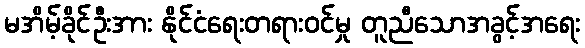
မအိမ့်ခိုင်ဦးအား နိုင်ငံရေးတရားဝင်မှု တူညီသောအခွင့်အရေး